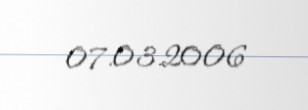
07.03.2006